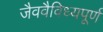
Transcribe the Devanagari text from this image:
जैववैविध्यपूर्ण